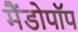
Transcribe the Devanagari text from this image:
मैंडोपॉप